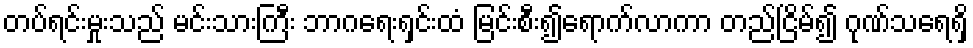
တပ်ရင်းမှုးသည် မင်းသားကြီး ဘာဂရေးရှင်းထံ မြင်းစီး၍ရောက်လာကာ တည်ငြိမ်၍ ဂုဏ်သရေရှိ